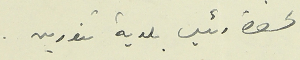
لحضرة رئيس بلدية تنورين